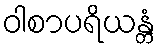
ဝါစာပရိယန္တံ